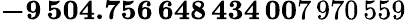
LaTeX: \mathbf{-9\, 504.756\, 648\, 434\, 00}7\, 970\, 559